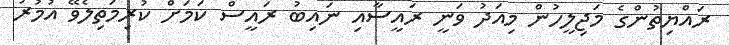
ރައްޔިތުންގެ މަޖިލީހުން މިއަދު ވަނީ ރައީސާއި ނައިބު ރައީސް ކަމަށް ކުރިމަތިލެވޭ އުމުރު